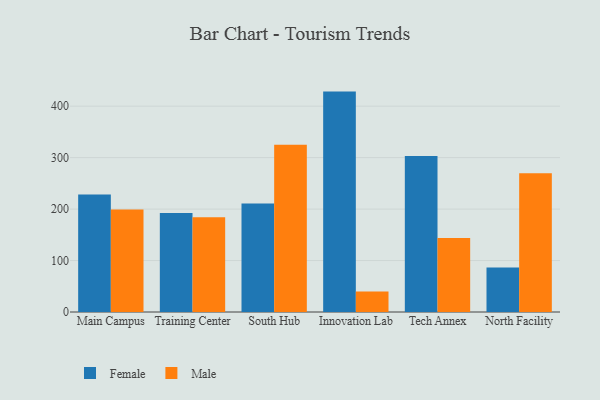
{"axis": {"x": "Campus", "y": "Waste Production (Tons)"}, "legend": ["Female", "Male"], "data": [{"x": "Main Campus", "y": 228.5, "type": "Female"}, {"x": "Main Campus", "y": 199.3, "type": "Male"}, {"x": "Training Center", "y": 192.4, "type": "Female"}, {"x": "Training Center", "y": 184.0, "type": "Male"}, {"x": "South Hub", "y": 210.7, "type": "Female"}, {"x": "South Hub", "y": 325.0, "type": "Male"}, {"x": "Innovation Lab", "y": 428.3, "type": "Female"}, {"x": "Innovation Lab", "y": 39.6, "type": "Male"}, {"x": "Tech Annex", "y": 303.0, "type": "Female"}, {"x": "Tech Annex", "y": 143.7, "type": "Male"}, {"x": "North Facility", "y": 86.6, "type": "Female"}, {"x": "North Facility", "y": 269.6, "type": "Male"}]}